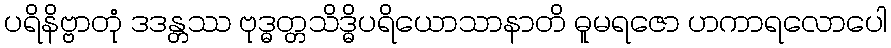
ပရိနိဗ္ဗာတုံ ဒဒန္တဿ ဗုဒ္ဓတ္တသိဒ္ဓိပရိယောသာနာတိ ဓူမရဇော ဟကာရလောပေါ